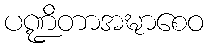
ပဏ္ဍိတာအဍ္ဎာစေဝ